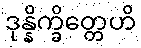
ဒုန္နိက္ခိတ္တေဟိ